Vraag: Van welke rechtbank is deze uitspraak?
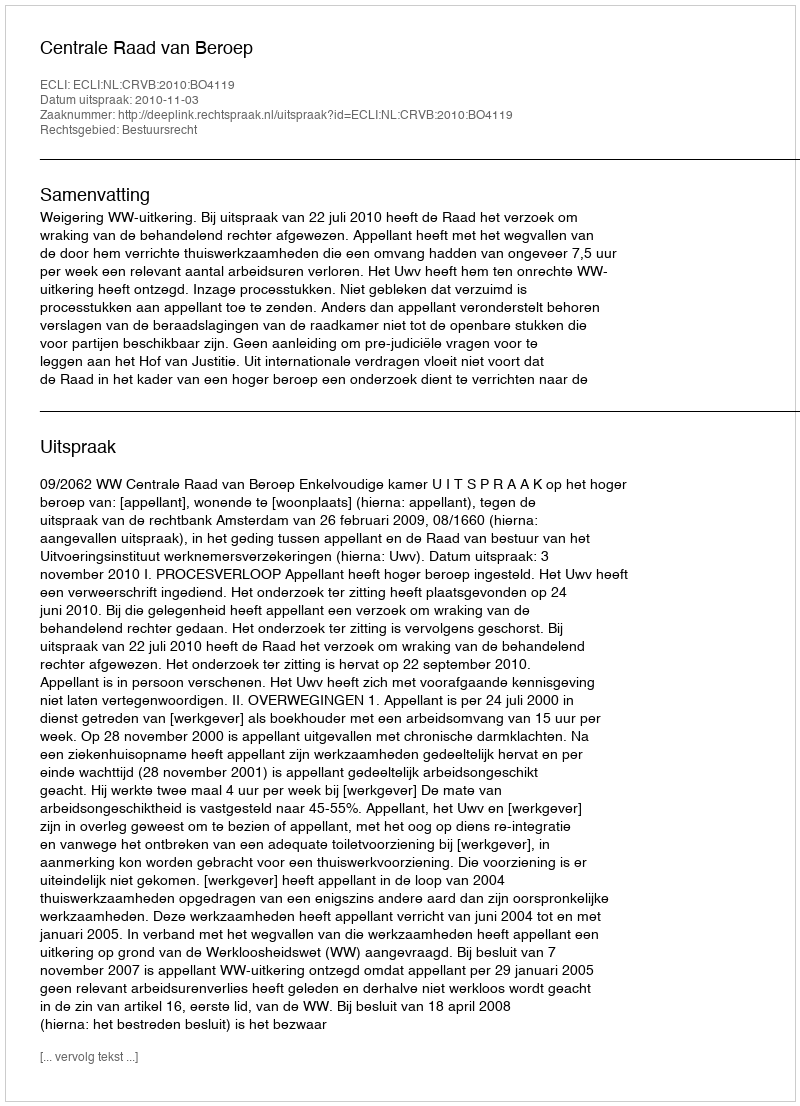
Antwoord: Centrale Raad van Beroep